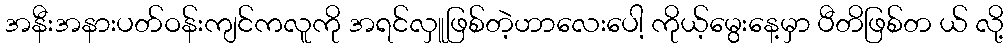
အနီးအနားပတ်ဝန်းကျင်ကလူကို အရင်လှူဖြစ်တဲ့ဟာလေးပေါ့ ကိုယ့်မွေးနေ့မှာ ပီတိဖြစ်တ ယ် လို့